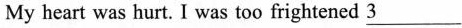
My heart was hurt. I was too frightened \underline{3}___